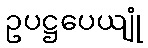
ဥပဋ္ဌပေယျုံ